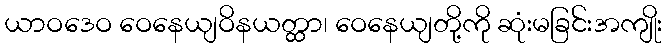
ယာဝဒေဝ ဝေနေယျဝိနယတ္ထာ၊ ဝေနေယျတို့ကို ဆုံးမခြင်းအကျိုး